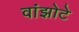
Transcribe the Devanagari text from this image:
वांझोटे